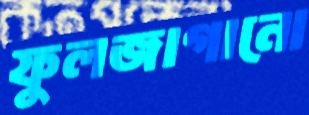
ফুলজাগানো